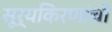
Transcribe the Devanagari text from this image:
सूर्यकिरणांची